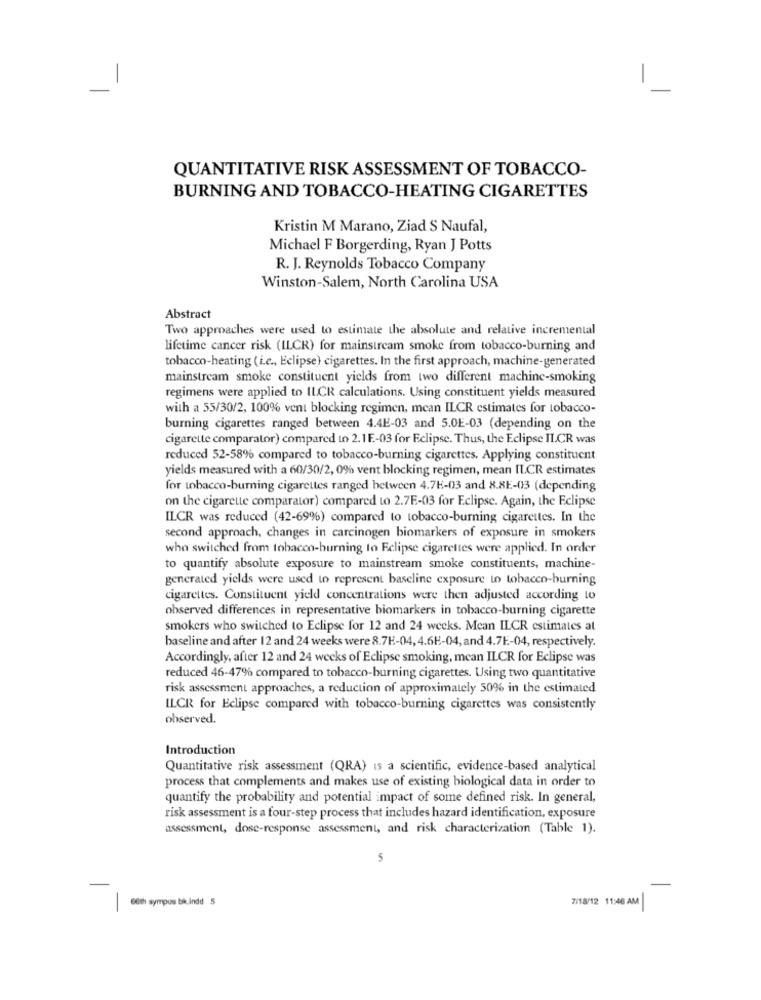
-
QUANTITATIVE RISK ASSESSMENT OF TOBACCO-
BURNING AND TOBACCO-HEATING CIGARETTES
Kristin M Marano, Ziad $ Naufal,
Michael F Borgerding, Ryan J Potts
R. J. Reynolds Tobacco Company
Winston-Salem, North Carolina USA
Abstract
Two approaches were used to estimate the absolute and relative incremental
lifetime cancer risk (ILCR) for mainstream smoke from tobacco-burning and
tobacco-heating ( i.e ., Eclipse) cigarettes. In the first approach, machine-generated
mainstream smoke constituent yields from two different machine-smoking
regimens were applied to ILCR calculations. Using constituent yields measured
with a 55/30/2, 100% vent blocking regimen, mean ILCR estimates for tobacco-
burning cigarettes ranged between 4.4E-03 and 5.0E-03 (depending on the
cigarette comparator) compared to 2.1E-03 for Eclipse. Thus, the Eclipse IL.CR was
reduced 52-58% compared to tobacco-burning cigarettes. Applying constituent
yields measured with a 60/30/2, 0% vent blocking regimen, mean IL.CR estimates
for tobacco-burning cigarettes ranged between 4.7H-03 and 8.8E-03 (depending
on the cigarette comparator) compared to 2.7E-03 for Eclipse. Again, the Eclipse
ILCR was reduced (42-69%) compared to tobacco-burning cigarettes. In the
second approach, changes in carcinogen biomarkers of exposure in smokers
who switched from tobacco-burning to Eclipse cigarettes were applied. In order
to quantify absolute exposure to mainstream smoke constituents, machine-
generated yields were used to represent baseline exposure to tobacco-burning
cigarettes. Constituent yield concentrations were then adjusted according to
observed differences in representative biomarkers in tobacco-burning cigarette
smokers who switched to Eclipse for 12 and 24 weeks. Mean ILCR estimates at
baseline and after 12 and 24 weeks were 8.7E-04,4.6H-04, and 4.7E .- 04, respectively.
Accordingly, after 12 and 24 weeks of Eclipse smoking, mean ILCR for Eclipse was
reduced 46-47% compared to tobacco-burning cigarettes. Using two quantitative
risk assessment approaches, a reduction of approximately 50% in the estimated
ILCR for Eclipse compared with tobacco-burning cigarettes was consistently
observed.
Introduction
Quantitative risk assessment (QRA) is a scientific, evidence-based analytical
process that complements and makes use of existing biological data in order to
quantify the probability and potential impact of some defined risk. In general,
risk assessment is a four-step process that includes hazard identification, exposure
assessment, dose-response assessment, and risk characterization (Table 1).
5
6th sympos bikindd 5
7/18/12 11:46 AM
-